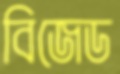
বিজেড